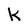
Character: K